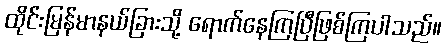
ထိုင်းမြန်မာနယ်ခြားသို့ ရောက်နေကြပြီဖြစ်ကြပါသည်။